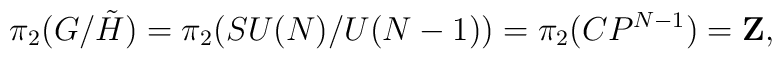
\pi_2(G/\tilde H) =  \pi_2(SU(N)/U(N-1)) = \pi_2(CP^{N-1}) = {\bf Z} ,